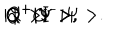
| \Psi > , \hspace { 4 m m } Q ^ { + } | \Psi > , \hspace { 4 m m } Q ^ { - } | \Psi > , \hspace { 4 m m } Q ^ { + } Q ^ { - } | \Psi > .